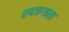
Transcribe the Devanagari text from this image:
स्वत्रन्त्रता